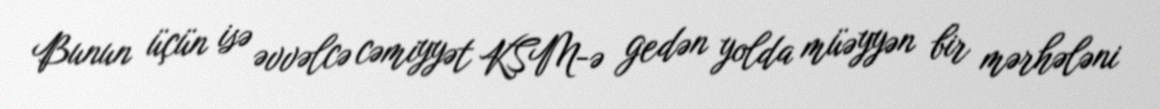
Bunun üçün isə əvvəlcə cəmiyyət KSM-ə gedən yolda müəyyən bir mərhələni